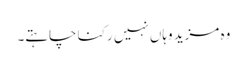
وہ مزید وہاں نہیں رکنا چاہتے۔